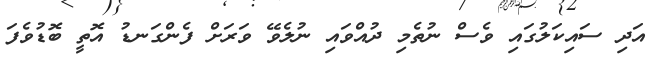
އަދި ސައިކަލުގައި ވެސް ނުތެމި ދުއްވައި ނުލެވޭ ވަރަށް ފެންގަނޑު އޮތީ ބޮޑުވެފަ